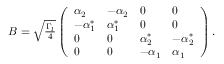
\begin{array} { r } { B = \sqrt { \frac { \Gamma _ { l } } { 4 } } \left( \begin{array} { l l l l } { \alpha _ { 2 } } & { - \alpha _ { 2 } } & { 0 } & { 0 } \\ { - \alpha _ { 1 } ^ { * } } & { \alpha _ { 1 } ^ { * } } & { 0 } & { 0 } \\ { 0 } & { 0 } & { \alpha _ { 2 } ^ { * } } & { - \alpha _ { 2 } ^ { * } } \\ { 0 } & { 0 } & { - \alpha _ { 1 } } & { \alpha _ { 1 } } \end{array} \right) . } \end{array}